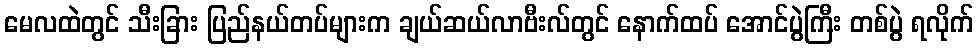
မေလထဲတွင် သီးခြား ပြည်နယ်တပ်များက ချယ်ဆယ်လာဗီးလ်တွင် နောက်ထပ် အောင်ပွဲကြီး တစ်ပွဲ ရလိုက်